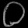
Digit: ၀